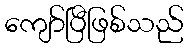
ကျော်ပြီဖြစ်သည်